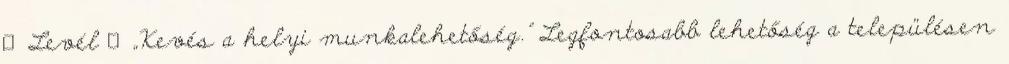
▪Levél ▪„Kevés a helyi munkalehetőség.” Legfontosabb lehetőség a településen